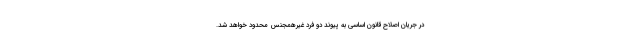
در جریان اصلاح قانون اساسی به پیوند دو فرد غیرهمجنس محدود خواهد شد.